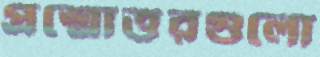
প্রশ্নোত্তরগুলো